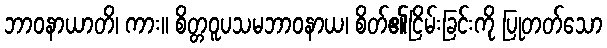
ဘာဝနာယာတိ၊ ကား။ စိတ္တဝူပသမဘာဝနာယ၊ စိတ်၏ငြိမ်းခြင်းကို ပြုတတ်သော